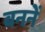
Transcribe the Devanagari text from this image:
बननें